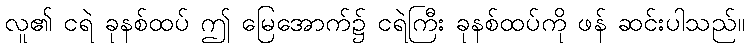
လူ၏ ငရဲ ခုနစ်ထပ် ဤ မြေအောက်၌ ငရဲကြီး ခုနစ်ထပ်ကို ဖန် ဆင်းပါသည်။